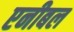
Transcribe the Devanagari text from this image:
एनीबल